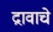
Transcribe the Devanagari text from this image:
द्रावाचे